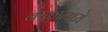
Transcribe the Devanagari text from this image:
नरकामध्ये